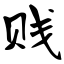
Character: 贱